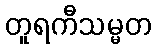
တူရကီသမ္မတ